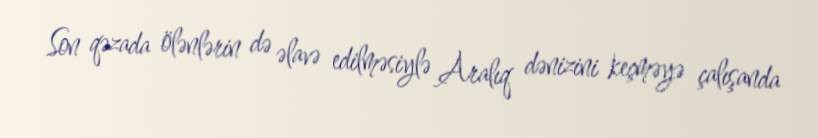
Son qəzada ölənlərin də əlavə edilməsiylə Aralıq dənizini keçməyə çalışanda